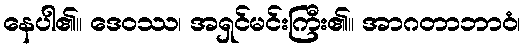
နေပါ၏။ ဒေဝဿ၊ အရှင်မင်းကြီး၏။ အာဂတာဘာဝံ၊